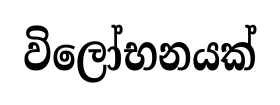
විලෝභනයක්